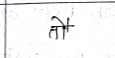
मजकूर: तौ